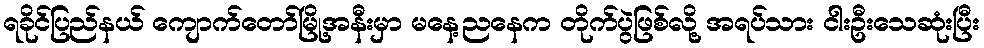
ရခိုင်ပြည်နယ် ကျောက်တော်မြို့အနီးမှာ မနေ့ညနေက တိုက်ပွဲဖြစ်လို့ အရပ်သား ငါးဦးသေဆုံးပြီး